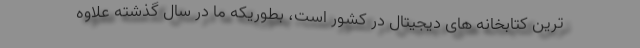
ترین کتابخانه های دیجیتال در کشور است، بطوریکه ما در سال گذشته علاوه